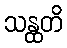
သန္ထတိ